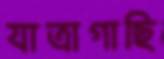
যাত্রাগাছি